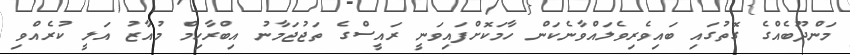
މަންދޫބެއްގެ ގޮތުގައި ބައިވެރިވެލައްވާނެކަން ހާމަކޮށްފައިވަނީ ރައީސްގެ ތަޖުޖަމާނު އިބްރާހިމް މުއާޒު އަލީ ކުރެއްވި